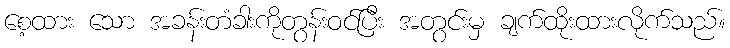
စေ့ထား သော အခန်းတံခါးကိုတွန်းဝင်ပြီး အတွင်းမှ ချက်ထိုးထားလိုက်သည်။